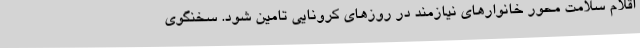
اقلام سلامت محور خانوارهای نیازمند در روزهای کرونایی تامین شود. سخنگوی